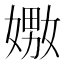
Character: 嫐